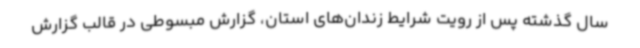
سال گذشته پس از رویت شرایط زندان‌های استان، گزارش مبسوطی در قالب گزارش